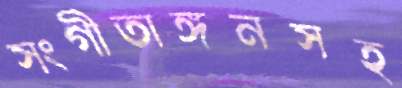
সংগীতাঙ্গনসহ